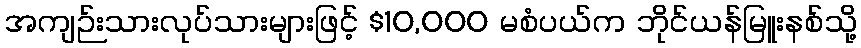
အကျဉ်းသားလုပ်သားများဖြင့် $10,000 မစံပယ်က ဘိုင်ယန်မြူးနစ်သို့